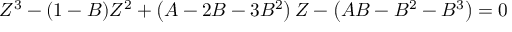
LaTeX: Z ^ { 3 } - ( 1 - B ) Z ^ { 2 } + \left( A - 2 B - 3 B ^ { 2 } \right) Z - \left( A B - B ^ { 2 } - B ^ { 3 } \right) = 0